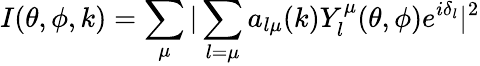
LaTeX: I(\theta,\phi,k)=\sum_{\mu}\vert\sum_{l=\mu}a_{l\mu}(k)Y_{l}^{\mu}(\theta,\phi)e^{i\delta_{l}}\vert^{2}